Plague in India, 1896, 1897 - Volume 2
Year: 1896
Disease focus: Plague
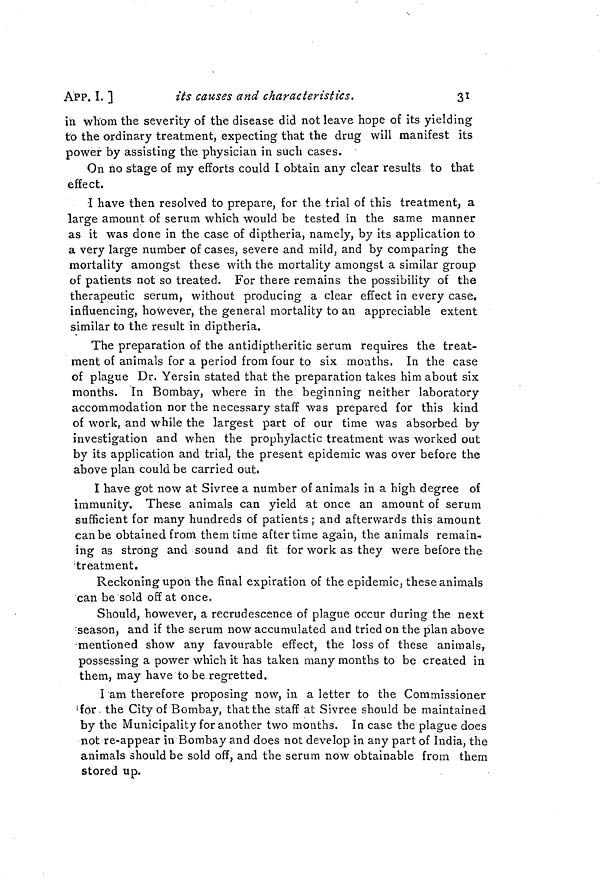
APP. I. ]
its causes and characteristics.
31
in whom the severity of the disease did not leave hope of its yielding
to the ordinary treatment, expecting that the drug will manifest its
power by assisting the physician in such cases.
On no stage of my efforts could I obtain any clear results to that
effect.
•I have then resolved to prepare, for the trial of this treatment, a
large amount of serum which would be tested in the same manner
as it was done in the case of diptheria, namely, by its application to
a very large number of cases, severe and mild, and by comparing the
mortality amongst these with the mortality amongst a similar group
of patients not so treated. For there remains the possibility of the
therapeutic serum, without producing a clear effect in every case,
influencing, however, the general mortality to an appreciable extent
similar to the result in diptheria.
The preparation of the antidiptheritic serum requires the treat-
ment of animals for a period from four to six mouths. In the case
of plague Dr. Yersin stated that the preparation takes him about six
months. In Bombay, where in the beginning neither laboratory
accommodation nor the necessary staff was prepared for this kind
of work, and while the largest part of our time was absorbed by
investigation and when the prophylactic treatment was worked out
by its application and trial, the present epidemic was over before the
above plan could be carried out.
I have got now at Sivree a number of animals in a high degree of
immunity. These animals can yield at once an amount of serum
sufficient for many hundreds of patients ; and afterwards this amount
can be obtained from them time after time again, the animals remain-
ing as strong and sound and fit for work as they were before the
'treatment.
Reckoning upon the final expiration of the epidemic, these animals
can be sold off at once.
Should, however, a recrudescence of plague occur during the next
season, and if the serum now accumulated and tried on the plan above
mentioned show any favourable effect, the loss of these animals,
possessing a power which it has taken many months to be created in
them, may have to be regretted.
I am therefore proposing now, in a letter to the Commissioner
'for. the City of Bombay, that the staff at Sivree should be maintained
by the Municipality for another two months. In case the plague does
not re-appear in Bombay and does not develop in any part of India, the
animals should be sold off, and the serum now obtainable from them
stored up.